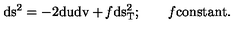
\mathrm { d s ^ { 2 } = - 2 d u d v + { \it f } d s _ { T } ^ { 2 } ; \quad \quad { \it f } c o n s t a n t . }